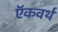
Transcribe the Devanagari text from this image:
ऍकवर्थ